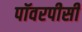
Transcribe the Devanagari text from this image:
पॉवरपीसी